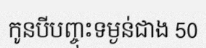
កូនបីបញ្ចុះទម្ងន់ជាង 50